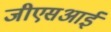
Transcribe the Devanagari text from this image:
जीएसआई